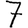
Digit: 7